Bréfritari: Sigríður Hallsdóttir
Viðtakandi: Jón Borgfirðings Jónsson
Dagsetning: A-1855-04-04
Skrifað á: Sólheimum  Skag.

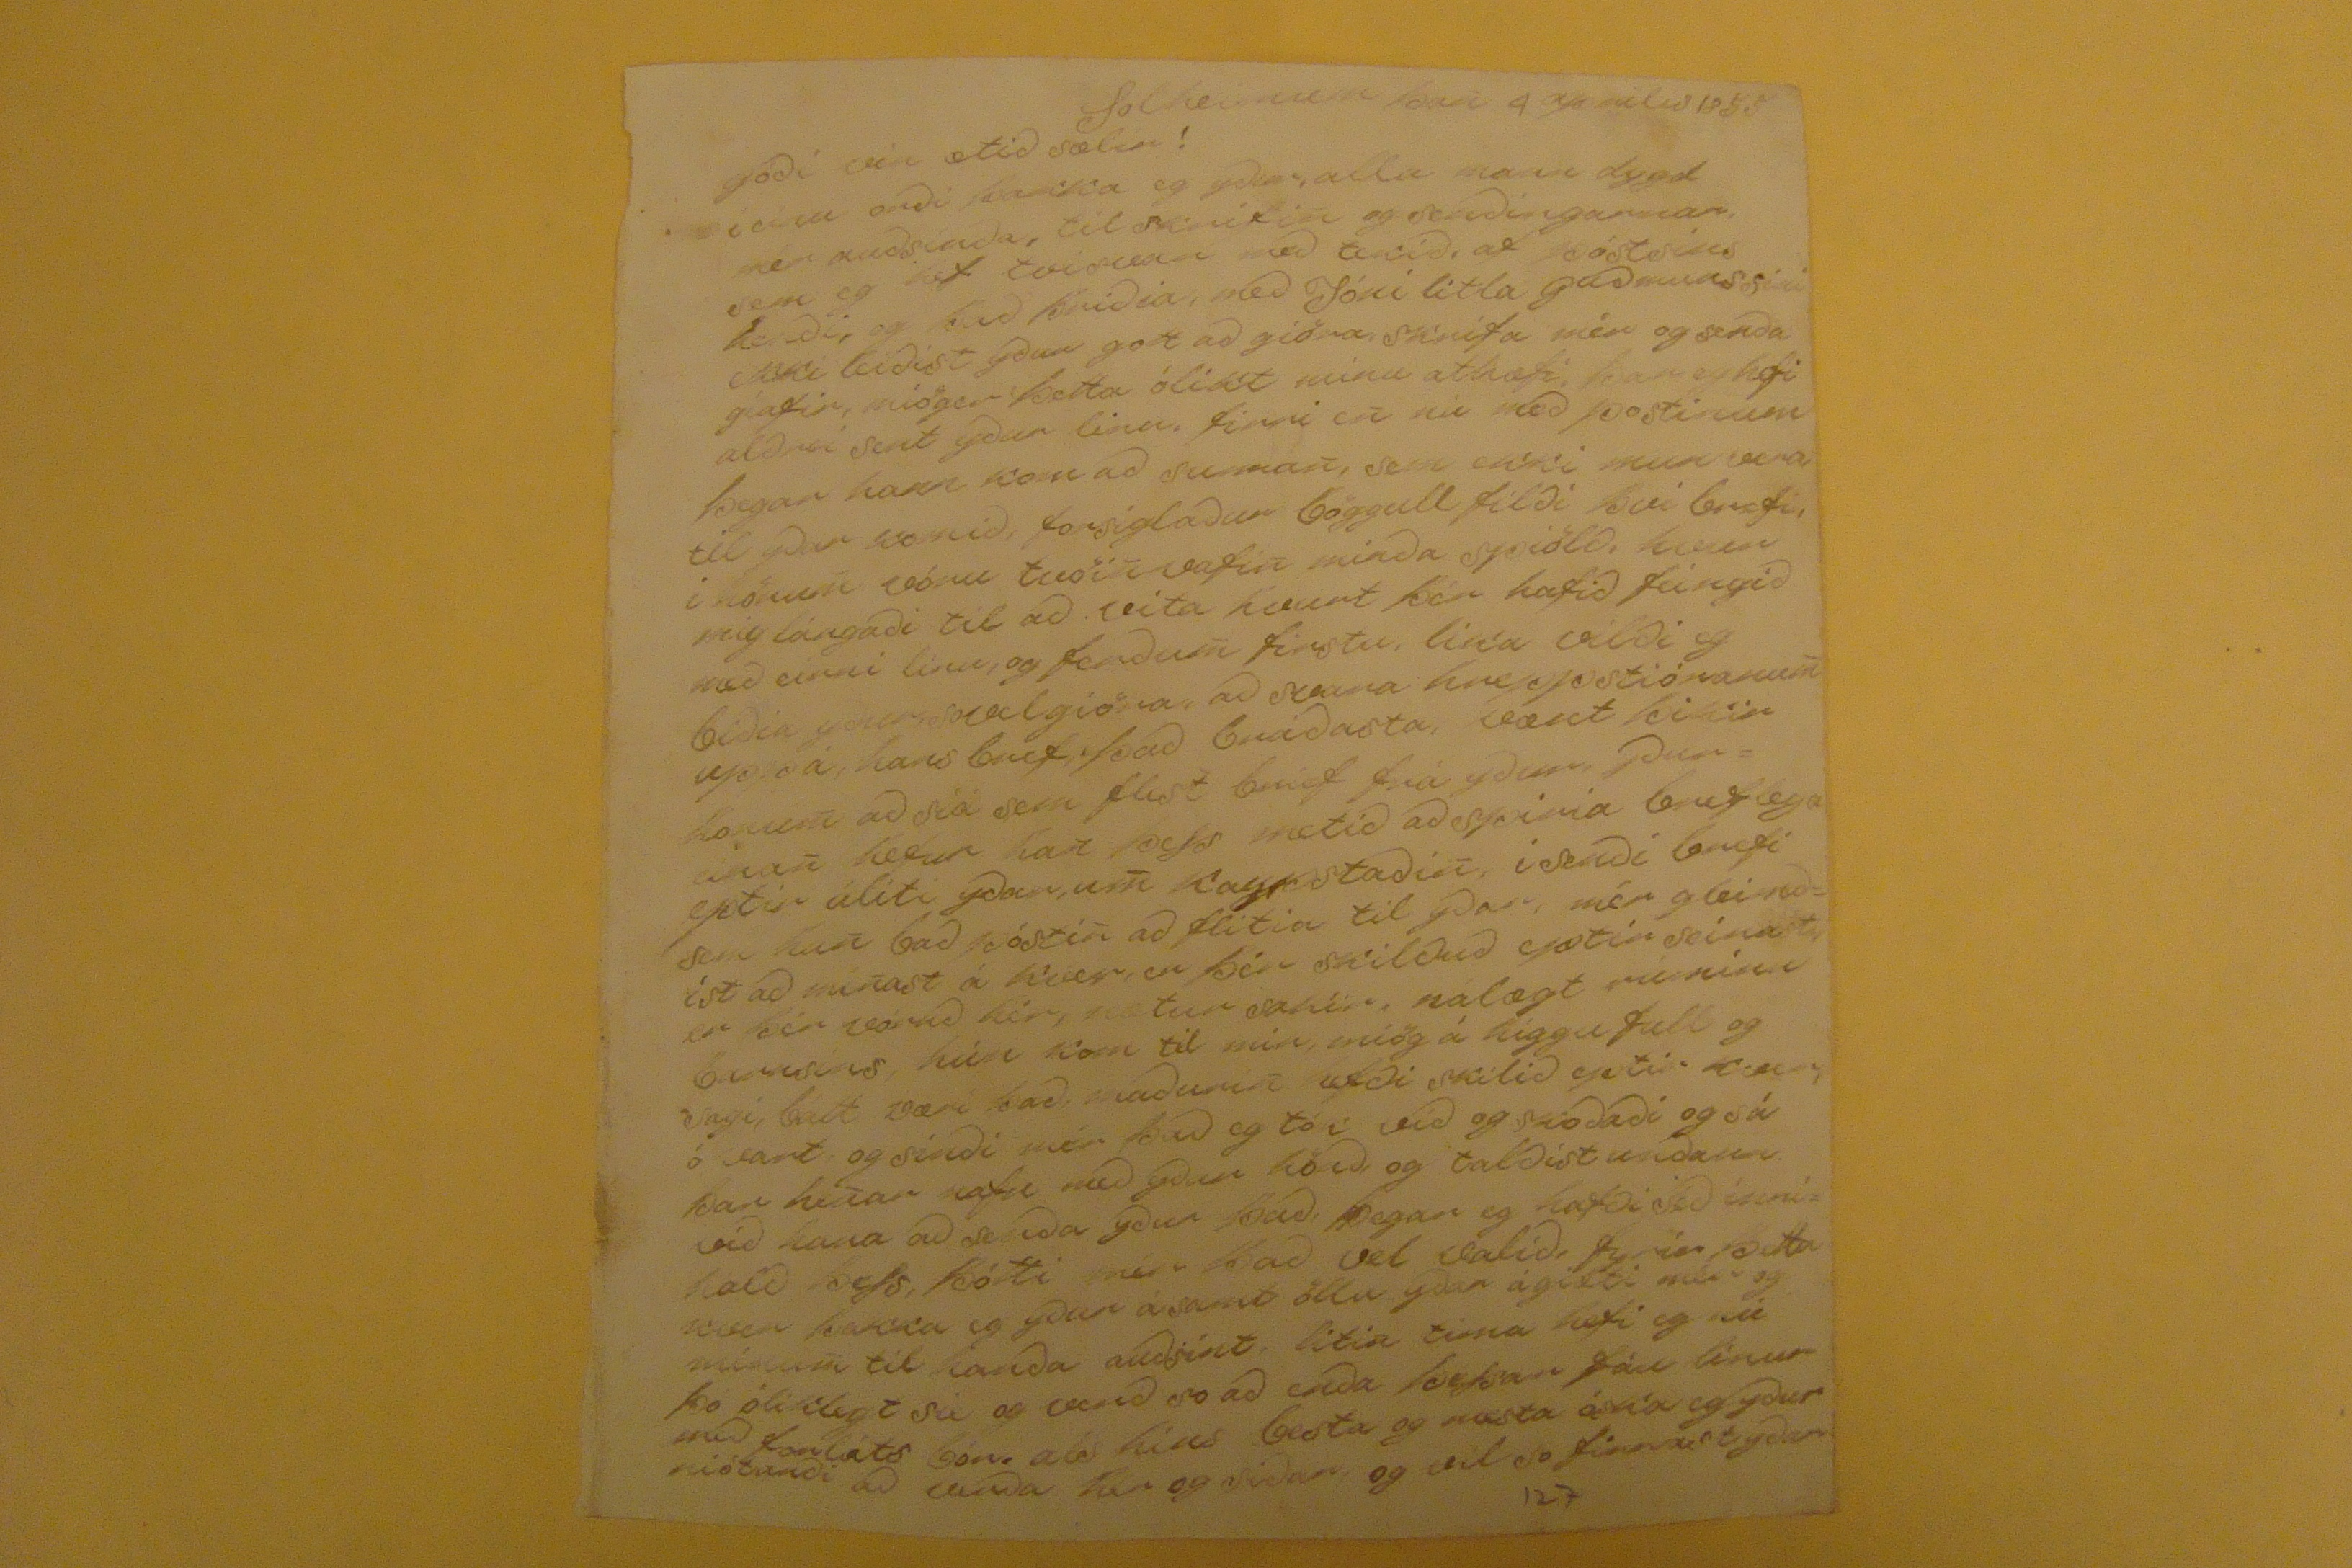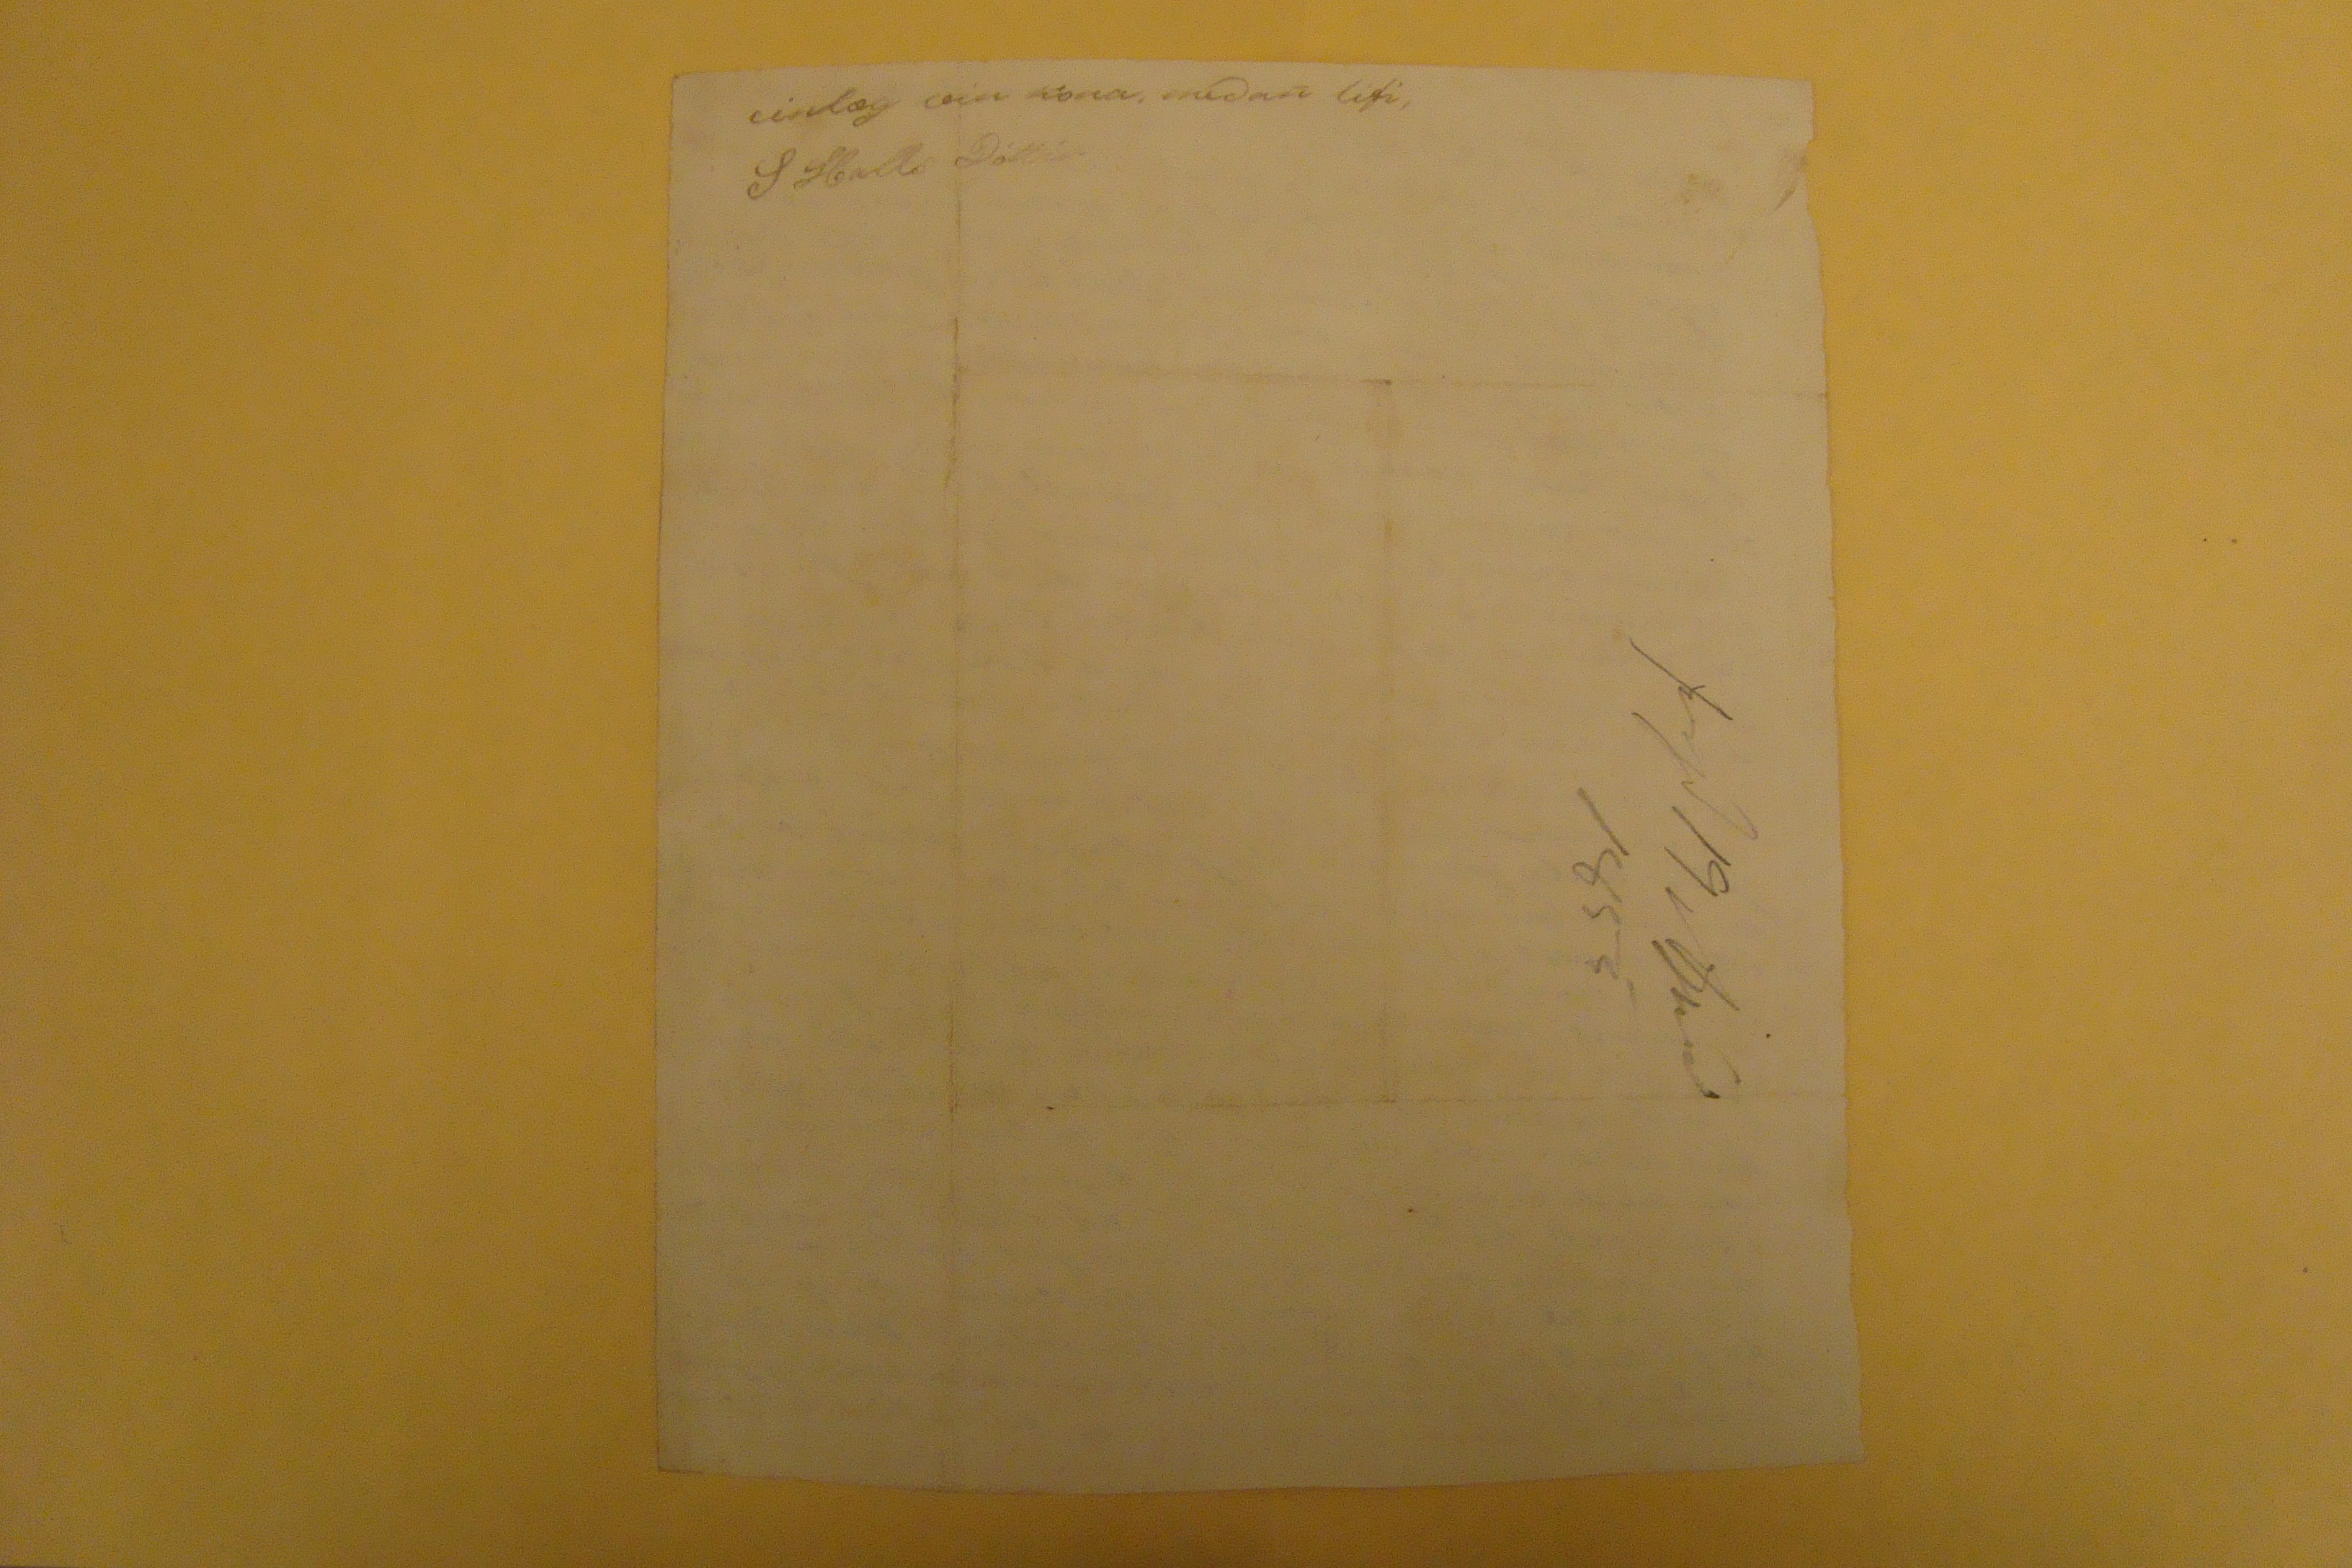

Solheimum þan
4
aprilio 1855
góði vin ætið sælir!
í einu orði þakka eg yður, alla mann dygd mér auðsínða, til skrifin og
scaðingarnar
sem eg hef tvisvar með tekið, af póstins henði, og það þriðia, með Jóni litla guðmunssini ekki leiðist yður gott að giöra skrifa mér og senða giafir, miöger þetta ólikt minu athæfi, þar eg hefi alðrei sent yður linu, firri en nú með postinum þegar hann kom að sunnan, sem ekki mun vera til yðar komið, forsiglaður böggull filði þvi brefi, i hönum vóru
tvöinvafin
minða spiölð, hvur mig lángaði til að vita hvurt þér hafið feingið með einni línu, og ferðum firstu, lika vilði eg biðia yður sovel giöra, að svara hreppstióranum uppá, hans bref, það bráðasta, vænt þikir honum að siá sem flest brief frá yður,
yðureinan
hefur hat þess metið að spiria breflega eptir áliti yðar, um Kaypstaðin, i senði brefi sem han bað póstin að flitia til yðar, mér gleimðist að minast á Kver, er þér skilðuð eptir seinast er þér vóruð hér, nætur
salir
, nálægt rúminu barnsins, hún kom til mín, miög á higgufull og sagi, bátt væri það, maðurin hefði skilið eptir
k??
ó vart og sínði mér það eg tókv ið og skoðaði og sá þar henar nafn með yður hönð, og talðist unðan við hana að senða yður það, þegar eg hafði séð innihalð þess, þótti mér það vel valið, fyrir þetta kver þakka eg yður ásamt öllu yðar ágieti mér og mínum til hanða auðsint, litin tima hefi eg nú þó óliklegtt sie og
verð
svo að enða þessar fáu línur með forláts bón als hins besta og mesta óska eg yðar niótanði að venða hér og siðar og vil so finnast yðar
einlæg vin kona, meðan lifi S HallsDóttir